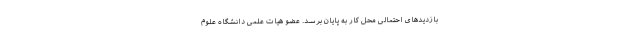
بازدیدهای احتمالی محل کار به پایان برسد. عضو هیات علمی دانشگاه علوم